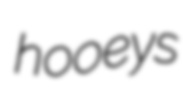
hooeys